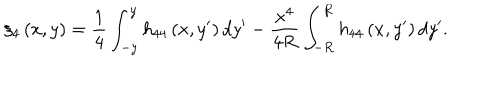
LaTeX: \xi _ { 4 } \left( x , y \right) = \frac { 1 } { 4 } \int _ { - y } ^ { y } h _ { 4 4 } \left( x , y ^ { \prime } \right) d y ^ { \prime } - \frac { x ^ { 4 } } { 4 R } \int _ { - R } ^ { R } h _ { 4 4 } \left( x , y ^ { \prime } \right) d y ^ { \prime } .